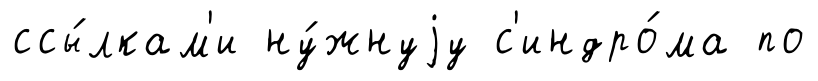
ссы́лкам'и ну́жнуjу с'индро́ма по